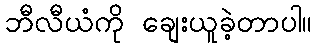
ဘီလီယံကို ချေးယူခဲ့တာပါ။